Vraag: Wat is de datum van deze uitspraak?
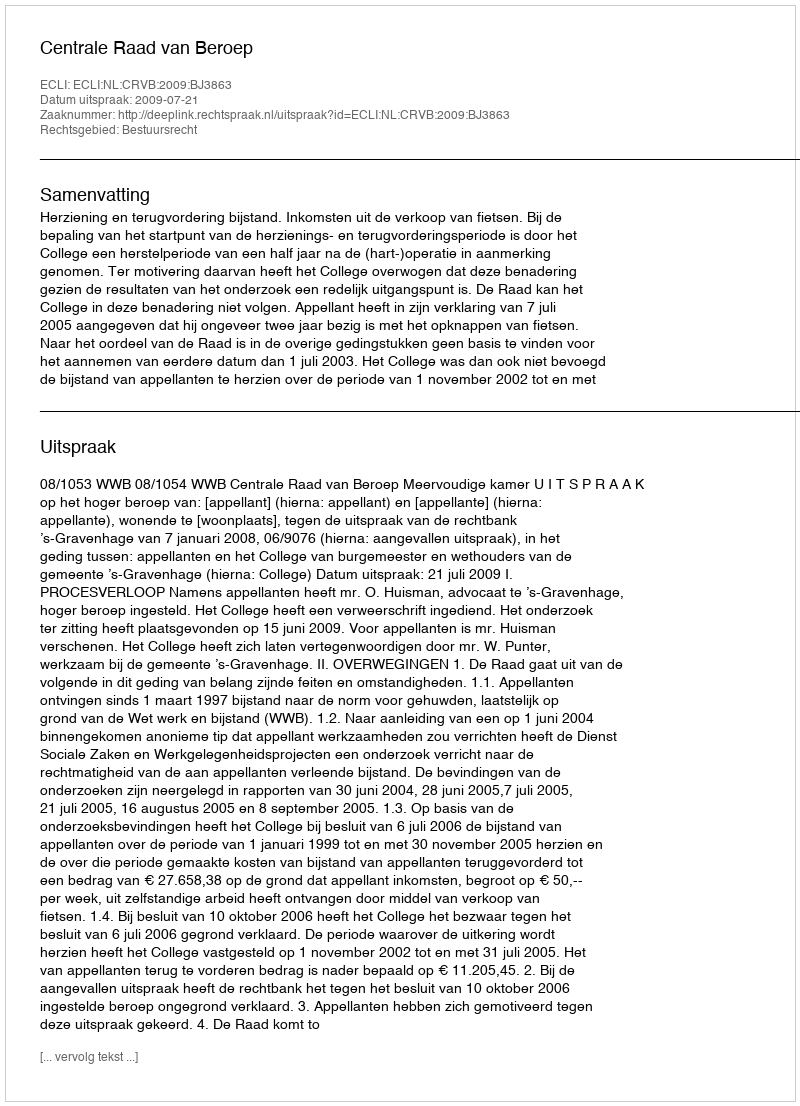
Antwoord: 2009-07-21